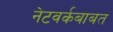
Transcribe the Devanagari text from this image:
नेटवर्कबाबत